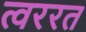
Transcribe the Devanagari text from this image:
त्वररत